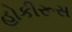
હોકીરૂસ